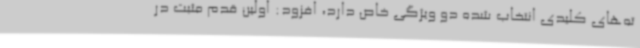
ته‌های کلیدی انتخاب شده دو ویژگی خاص دارد، افزود: اولین قدم مثبت در